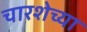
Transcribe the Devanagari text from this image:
चारशेच्या